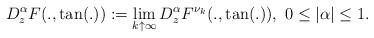
LaTeX: \begin{align*}D^{\alpha}_z F(.,\tan(.)):=\lim_{k\uparrow \infty}D^{\alpha}_z F^{\nu_k}(.,\tan(.)),~0\leq |\alpha|\leq 1.\end{align*}